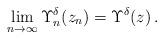
LaTeX: \begin{align*} \lim_{n\rightarrow\infty}\Upsilon_{n}^{\delta}(z_{n})=\Upsilon^{\delta}(z)\,. \end{align*}